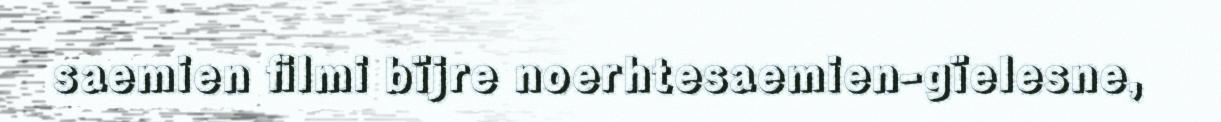
saemien filmi bïjre noerhtesaemien-gïelesne,